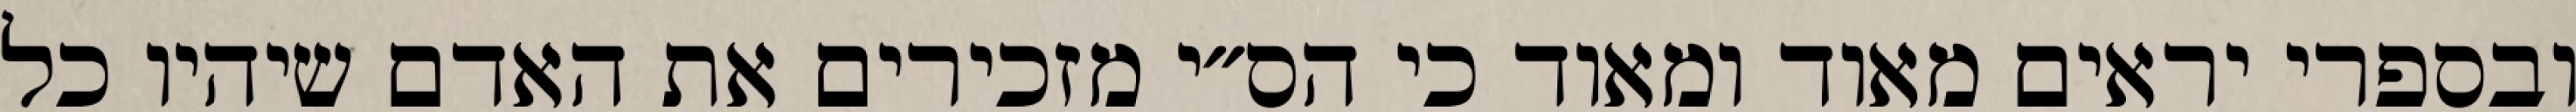
ובספרי יראים מאוד ומאוד כי הס״י מזכירים את האדם שיהיו כל